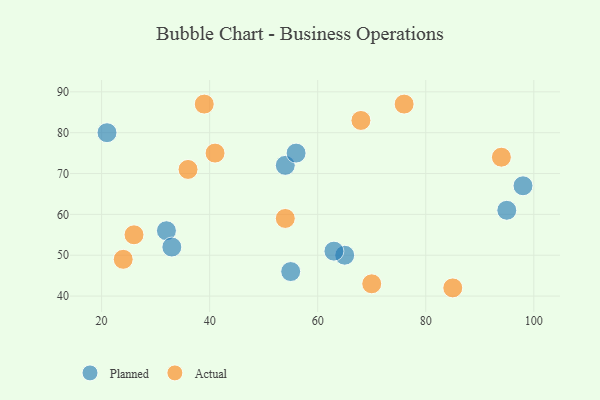
{"axis": {"x": "GDP", "y": "Life Expectancy"}, "legend": ["Actual", "Planned"], "data": [{"x": "55", "y": 46, "type": "Planned"}, {"x": "32", "y": 56, "type": "Planned"}, {"x": "21", "y": 80, "type": "Planned"}, {"x": "98", "y": 67, "type": "Planned"}, {"x": "95", "y": 61, "type": "Planned"}, {"x": "65", "y": 50, "type": "Planned"}, {"x": "54", "y": 72, "type": "Planned"}, {"x": "33", "y": 52, "type": "Planned"}, {"x": "63", "y": 51, "type": "Planned"}, {"x": "56", "y": 75, "type": "Planned"}, {"x": "54", "y": 59, "type": "Actual"}, {"x": "76", "y": 87, "type": "Actual"}, {"x": "68", "y": 83, "type": "Actual"}, {"x": "26", "y": 55, "type": "Actual"}, {"x": "39", "y": 87, "type": "Actual"}, {"x": "41", "y": 75, "type": "Actual"}, {"x": "36", "y": 71, "type": "Actual"}, {"x": "94", "y": 74, "type": "Actual"}, {"x": "24", "y": 49, "type": "Actual"}, {"x": "70", "y": 43, "type": "Actual"}, {"x": "85", "y": 42, "type": "Actual"}]}